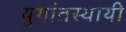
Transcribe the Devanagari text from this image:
युगांतस्थायी